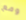
ومع